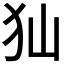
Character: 𤜬